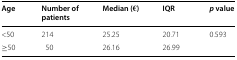
<table><thead><tr><td><b>Age</b></td><td><b>Number of patients</b></td><td><b>Median (€)</b></td><td><b>IQR</b></td><td><b><i>p</i> value</b></td></tr></thead><tbody><tr><td>&lt;50</td><td>214</td><td>25.25</td><td>20.71</td><td rowspan="2">0.593</td></tr><tr><td>≥50</td><td>50</td><td>26.16</td><td>26.99</td></tr></tbody></table>